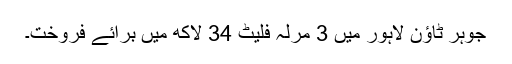
جوہر ٹاؤن لاہور میں 3 مرلہ فلیٹ 34 لاکھ میں برائے فروخت۔